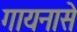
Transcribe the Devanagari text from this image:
गायनासे